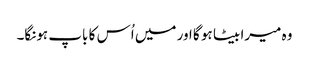
وہ میرا بیٹا ہو گا اور میں اُس کا باپ ہونگا۔